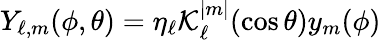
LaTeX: Y_{\ell,m}(\phi,\theta)=\eta_{\ell}\mathcal{K}_{\ell}^{|m|}(\cos\theta)y_{m}(\phi)